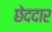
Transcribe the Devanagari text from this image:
छेददार